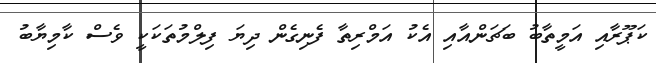
ކަޕޫރާއި އަމީތާބު ބަޗަންއާއި އެކު އަމްރިތާ ފެނިގެން ދިޔަ ފިލްމުތަކަކީ ވެސް ކާމިޔާބު